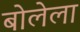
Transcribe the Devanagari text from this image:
बोलेला